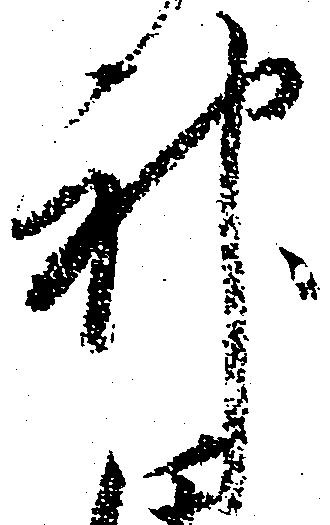
神